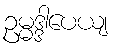
ဥမ္မဒ္ဒါပေယျ